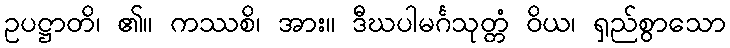
ဥပဋ္ဌာတိ၊ ၏။ ကဿစိ၊ အား။ ဒီဃပါမင်္ဂသုတ္တံ ဝိယ၊ ရှည်စွာသော